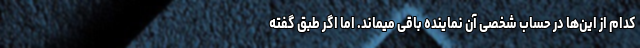
کدام از این‌ها در حساب شخصی‌ آن نماینده باقی میماند. اما اگر طبق گفته